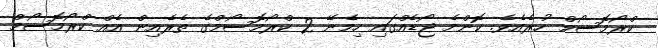
ކްރޯމޮސޯމް ހުރެއެވެ. ކޮންމެ ޖޯޑެއްގައި ހިމެނޭ 2 ކްރޯމޮސޯމްގެ ތެރެއިން އެއް ކްރޯމޮސޯމް